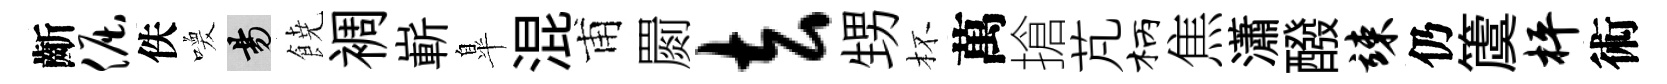
齗倔佚喚昜𩜙裯嶄臯混甫罽去甥杯萬搶芃柄焦瀟醱竦仍𥵂枰術